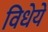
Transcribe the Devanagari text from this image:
विधेये